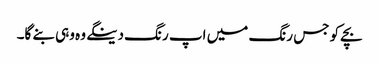
بچے کو جس رنگ میں اپ رنگ دینگے وہ وہی بنے گا۔